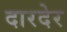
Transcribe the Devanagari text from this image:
दारदेर